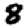
Digit: 8